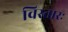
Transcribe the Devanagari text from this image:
विस्तारः